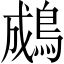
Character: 𪁋